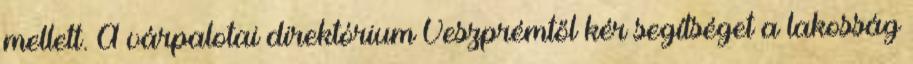
mellett. A várpalotai direktórium Veszprémtől kér segítséget a lakosság